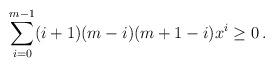
LaTeX: \begin{align*}\sum_{i=0}^{m-1}(i+1)(m-i)(m+1-i)x^i\ge 0\,.\end{align*}